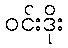
ဝင်းဒိုး